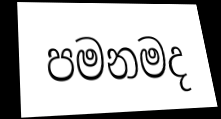
පමනමද